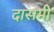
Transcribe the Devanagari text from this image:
दासमी